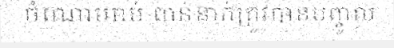
ចំណោមរាប់ ពាន់នាក់ត្រូវបានបញ្ចូល